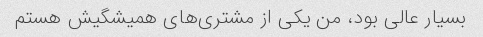
بسیار عالی بود، من یکی از مشتری‌های همیشگیش هستم